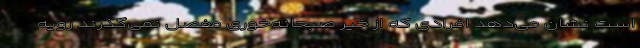
است نشان می‌دهد افرادی که از خیر صبحانه‌خوری مفصل نمی‌گذرند رویه